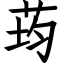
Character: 荺